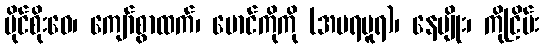
ပိုင်စိုးဝေ၊ ကျော်စွာထက်၊ မောင်ကိုကို (အမရပူရ)၊ နေမျိုး၊ ကိုငြိမ်း